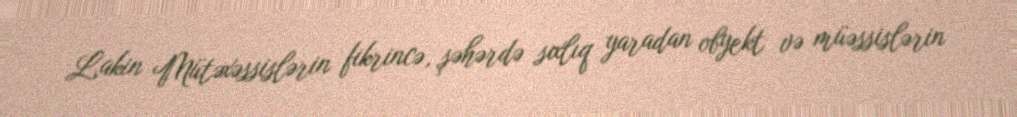
Lakin Mütəxəssislərin fikrincə, şəhərdə sıxlıq yaradan obyekt və müəssislərin